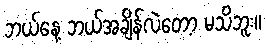
ဘယ်နေ့ ဘယ်အချိန်လဲတေ့ာ မသိဘူး။